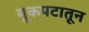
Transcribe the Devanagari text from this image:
मूकपटातून